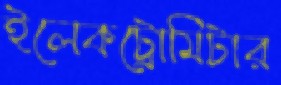
ইলেকট্রোমিটার